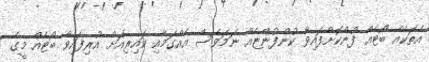
އެތަކެއް ބޯޓެއް ފުންކޮށްފައިވާ ކުންފުންޏެއް ނަމަވެސް އެއްގަމާއި ކައިރިއަށް އުރިފައިވާ ބޯޓެއް މީގެ